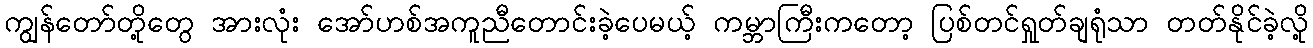
ကျွန်တော်တို့တွေ အားလုံး အော်ဟစ်အကူညီတောင်းခဲ့ပေမယ့် ကမ္ဘာကြီးကတော့ ပြစ်တင်ရှုတ်ချရုံသာ တတ်နိုင်ခဲ့လို့